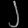
Digit: ၂